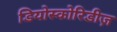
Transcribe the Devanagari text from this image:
डियोस्कोरिडीज़